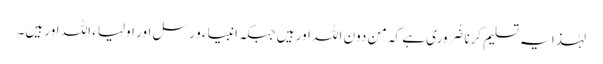
لہٰذا یہ تسلیم کرنا ضُروری ہے کہ من دون اللہ اور ہیں جبکہ انبیاء و رسل اور اولیاء اللہ اور ہیں۔